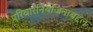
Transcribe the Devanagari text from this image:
परिवारनियोजनाबद्दल